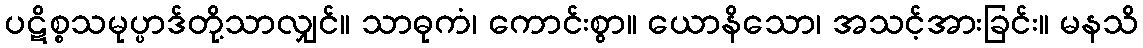
ပဋိစ္စသမုပ္ပာဒ်တို့သာလျှင်။ သာဓုကံ၊ ကောင်းစွာ။ ယောနိသော၊ အသင့်အားခြင်း။ မနသိ